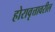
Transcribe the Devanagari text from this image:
होरावृत्तावरील